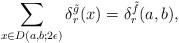
LaTeX: \begin{align*} \sum_{x\in D(a,b;2\epsilon)} \delta^{\tilde g}_r(x)= \delta ^{\tilde f}_r(a,b), \end{align*}